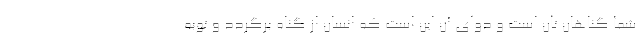
شما گناهان تان است و دوای آن این است که انسان از گناه برگردد و توبه